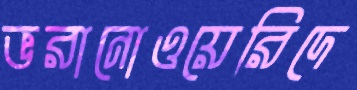
ভরানোওয়েরিদে